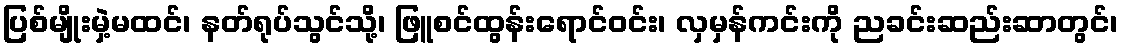
ပြစ်မျိုးမှဲ့မထင်၊ နတ်ရုပ်သွင်သို့၊ ဖြူစင်ထွန်းရောင်ဝင်း၊ လှမှန်ကင်းကို ညခင်းဆည်းဆာတွင်၊